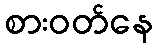
စားဝတ်နေ